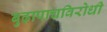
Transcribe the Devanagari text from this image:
बुढ़ापाचविरोधी